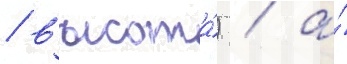
/ высота́) / а́